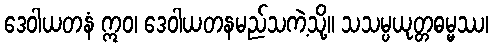
ဒေဝါယတနံ ဣဝ၊ ဒေဝါယတနမည်သကဲ့သို့။ သသမ္ပယုတ္တဓမ္မဿ၊